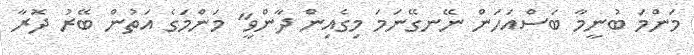
މަންމަ ބުނީމާ ބަސްއަހަން ނޭނގޭނަމަ މިގެއިން ދާންވީ" މަންމަގެ އަތުން ބޭރު ދޮރާ